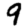
Digit: 9